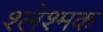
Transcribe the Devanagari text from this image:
श्लेश्मक